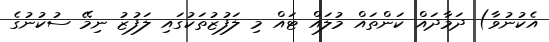
އެކުނުވާ) ދަމާދައް ކަންތައް މުލައް ޓައް މި ލަފުޒުތަކުގައި ލަފުޒު ނިމޭ ސުކުނުގެ